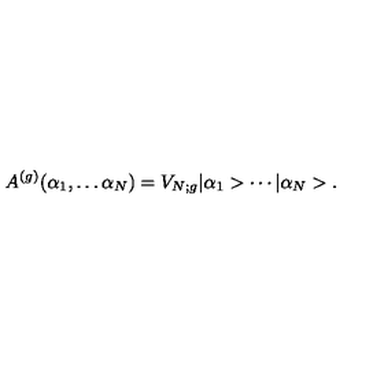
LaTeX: A ^ { ( g ) } ( \alpha _ { 1 } , \ldots \alpha _ { N } ) = V _ { N ; g } | \alpha _ { 1 } > \cdots | \alpha _ { N } > .